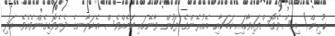
ކުރިން) އިސްވެގޮސްފައިވާހައި ކަމަކާއި އެއުރެންގެ ފަހުން ވާނޭހައި ކަމެއްވެސް އެކަލާނގެ ދެނެވޮޑިގެންވެއެވެ. އަދި